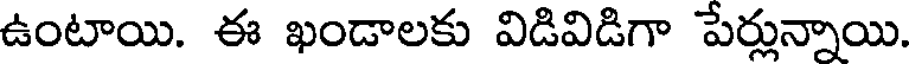
ఉంటాయి. ఈ ఖండాలకు విడివిడిగా పేర్లున్నాయి.